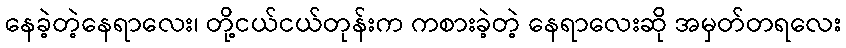
နေခဲ့တဲ့နေရာလေး၊ တို့ငယ်ငယ်တုန်းက ကစားခဲ့တဲ့ နေရာလေးဆို အမှတ်တရလေး